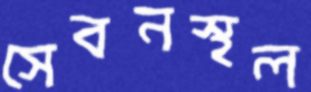
সেবনস্থল